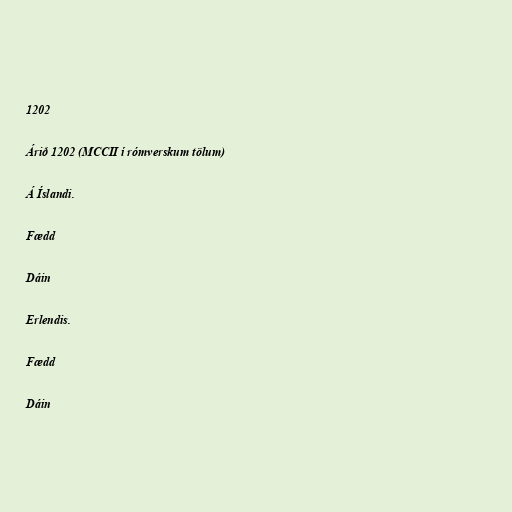
1202

Árið 1202 (MCCII í rómverskum tölum)

Á Íslandi.

Fædd

Dáin

Erlendis.

Fædd

Dáin